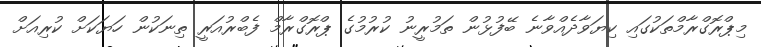
މިޕްރޮގްރާމްތަކުގައި ކިޔަވާދެއްވާނެ ބޭފުޅުން ތަމުރީނު ކުރުމުގެ ޕްރޮގްރާމް ފެބްރުއަރީ ތިނަކުން ހަޔަކަށް ކުރިއަށް